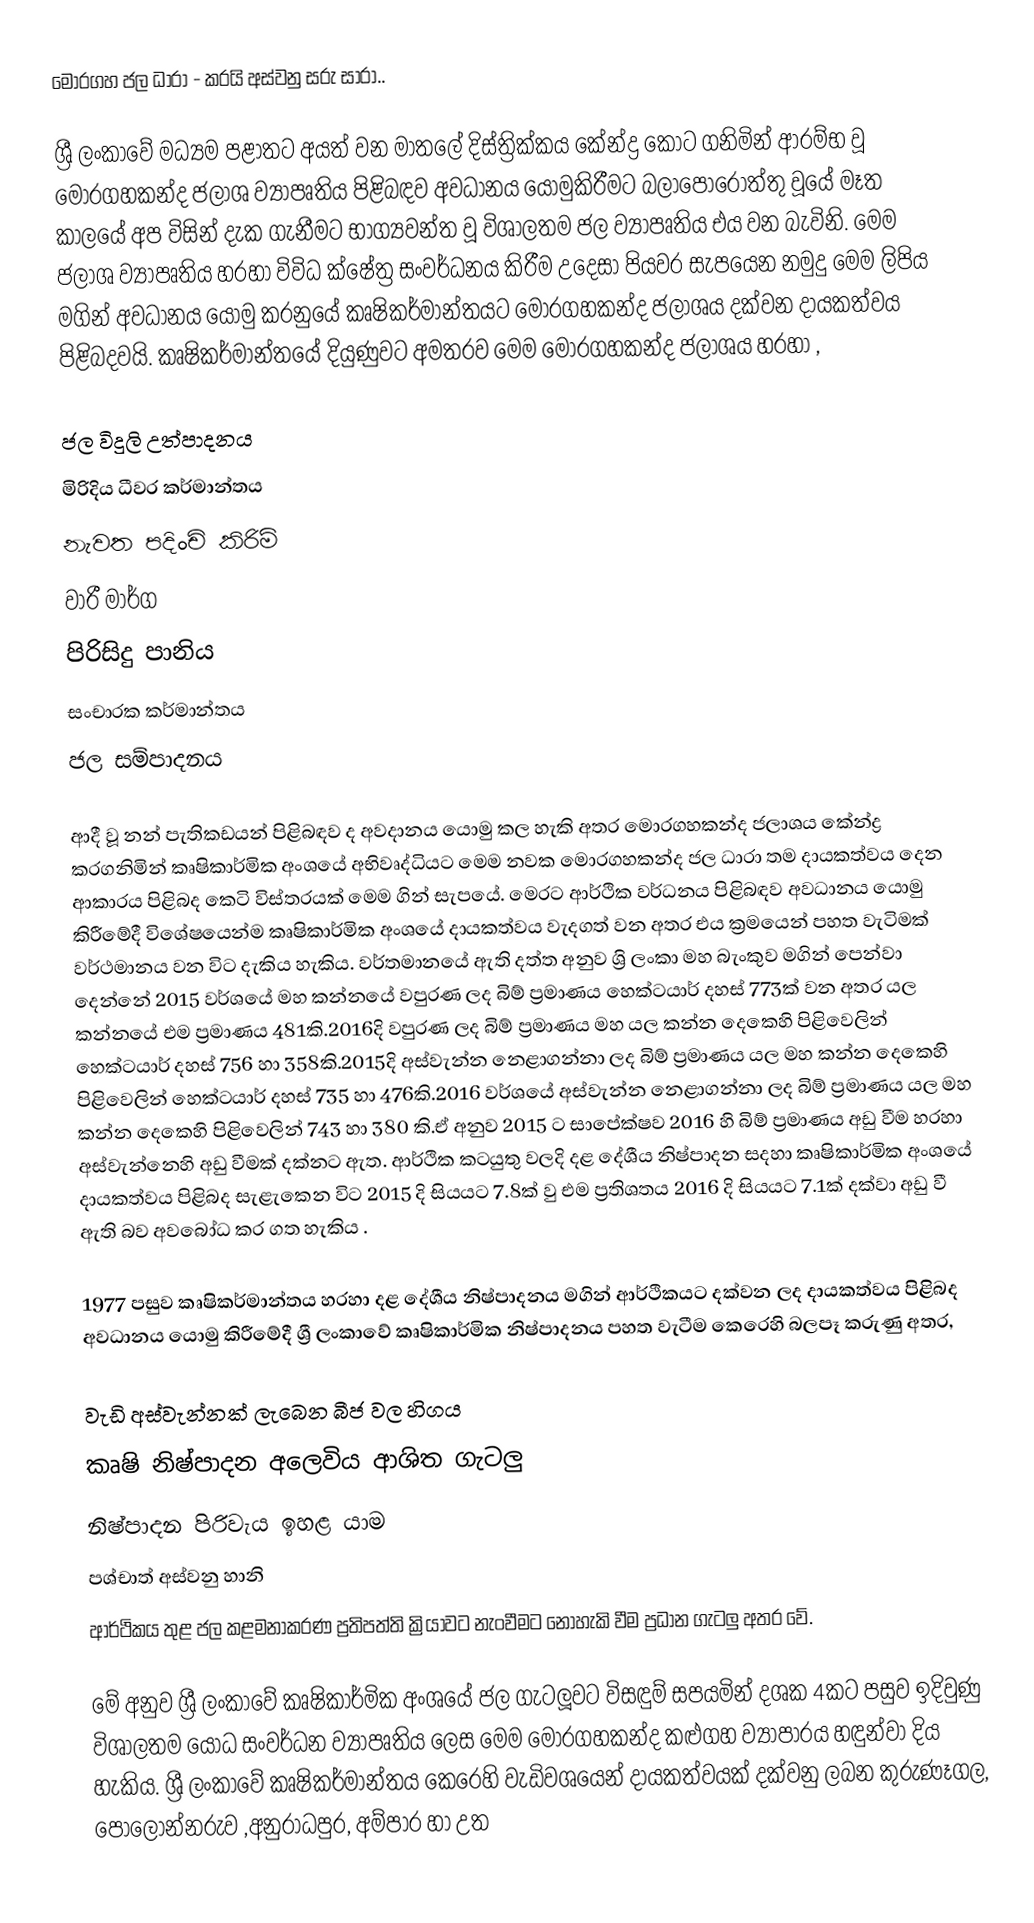
මොරගහ ජල ධාරා - කරයි අස්වනු සරු සාරා..

   ශ්‍රී ලංකාවේ  මධ්‍යම පළාතට අයත් වන මාතලේ දිස්ත්‍රික්කය කේන්ද්‍ර කොට ගනිමින් ආරම්භ වූ මොරගහකන්ද ජලාශ ව්‍යාපෘතිය පිළිබඳව අවධානය යොමුකිරීමට බලාපොරොත්තු වූයේ මෑත කාලයේ අප විසින් දැක ගැනීමට භාග්‍යවන්ත වූ විශාලතම ජල ව්‍යාපෘතිය එය වන බැවිනි. මෙම ජලාශ ව්‍යාපෘතිය හරහා විවිධ ක්ෂේත්‍ර සංවර්ධනය කිරීම උදෙසා පියවර සැපයෙන නමුදු මෙම ලිපිය මගින් අවධානය යොමු කරනුයේ කෘෂිකර්මාන්තයට  මොරගහකන්ද ජලාශය දක්වන දායකත්වය පිළිබදවයි. කෘෂිකර්මාන්තයේ දියුණුවට අමතරව  මෙම මොරගහකන්ද ජලාශය හරහා ,

 ජල විදුලි උත්පාදනය
 මිරිදිය ධීවර කර්මාන්තය
 නැවත පදිංචි කිරිම්
 වාරී මාර්ග
 පිරිසිදු පානිය
 සංචාරක කර්මාන්තය
 ජල සම්පාදනය 

     ආදී වූ නන් පැතිකඩයන් පිළිබඳව ද අවදානය යොමු කල හැකි අතර මොරගහකන්ද ජලාශය කේන්ද්‍ර කරගනිමින් කෘෂිකාර්මික අංශයේ අභිවෘද්ධියට මෙම නවක මොරගහකන්ද ජල ධාරා තම දායකත්වය දෙන ආකාරය පිළිබද කෙටි විස්තරයක් මෙම ගින් සැපයේ.  මෙරට ආර්ථික වර්ධනය පිළිබඳව අවධානය යොමු කිරීමේදී විශේෂයෙන්ම කෘෂිකාර්මික අංශයේ දායකත්වය වැදගත් වන අතර  එය ක්‍රමයෙන්  පහත වැටිමක් වර්ථමානය වන විට දැකිය හැකිය. වර්තමානයේ ඇති දත්ත අනුව ශ්‍රි ලංකා මහ බැංකුව මගින් පෙන්වා දෙන්නේ 2015 වර්ශයේ මහ කන්නයේ වපුරණ ලද බිම් ප්‍රමාණය හෙක්ටයාර් දහස් 773ක් වන අතර යල කන්නයේ එම ප්‍රමාණය 481කි.2016දි වපුරණ ලද බිම් ප්‍රමාණය මහ යල කන්න දෙකෙහි පිළිවෙලින් හෙක්ටයාර් දහස් 756 හා 358කි.2015දි අස්වැන්න නෙළාගන්නා ලද බිම් ප්‍රමාණය  යල මහ කන්න දෙකෙහි පිළිවෙලින් හෙක්ටයාර් දහස් 735 හා 476කි.2016 වර්ශයේ අස්වැන්න නෙළාගන්නා ලද බිම් ප්‍රමාණය  යල මහ කන්න දෙකෙහි පිළිවෙලින් 743 හා 380 කි.ඒ අනුව 2015 ට සාපේක්ෂව 2016 හි බිම් ප්‍රමාණය අඩු වීම හරහා අස්වැන්නෙහි අඩු වීමක් දක්නට ඇත. ආර්ථික කටයුතු වලදි දළ දේශීය නිෂ්පාදන සදහා කෘෂිකාර්මික අංශයේ දායකත්වය පිළිබද සැළැකෙන විට 2015 දි සියයට 7.8ක් වු එම ප්‍රතිශතය 2016 දි සියයට 7.1ක් දක්වා අඩු වී ඇති බව අවබෝධ කර ගත හැකිය .

1977 පසුව කෘෂිකර්මාන්තය හරහා දළ දේශීය නිෂ්පාදනය මගින් ආර්ථිකයට  දක්වන ලද දායකත්වය පිළිබද  අවධානය යොමු කිරීමේදී ශ්‍රී ලංකාවේ කෘෂිකාර්මික නිෂ්පාදනය පහත වැටීම කෙරෙහි බලපෑ කරුණු අතර,

 වැඩි අස්වැන්නක් ලැබෙන බීජ වල හිගය
 කෘෂි නිෂ්පාදන අලෙවිය ආශිත ගැටලු
 නිෂ්පාදන පිරිවැය ඉහළ යාම
 පශ්චාත් අස්වනු හානි
 ආර්ථිකය තුළ ජල කළමනාකරණ ප්‍රතිපත්ති ක්‍රියාවට නැංවීමට නොහැකි වීම ප්‍රධාන ගැටලු අතර වේ.

මේ අනුව ශ්‍රී ලංකාවේ කෘෂිකාර්මික අංශයේ  ජල ගැටලූවට විසඳුම් සපයමින් දශක 4කට පසුව ඉදිවුණු විශාලතම යෝධ සංවර්ධන ව්‍යාපෘතිය ලෙස මෙම මොරගහකන්ද කළුගහ ව්‍යාපාරය හඳුන්වා දිය හැකිය. ශ්‍රී ලංකාවේ කෘෂිකර්මාන්තය කෙරෙහි වැඩිවශයෙන් දායකත්වයක් දක්වනු ලබන කුරුණෑගල, පොලොන්නරුව ,අනුරාධපුර, අම්පාර හා උත